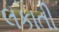
લકાતી